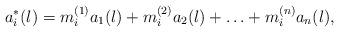
LaTeX: \begin{align*}a_{i}^{*}(l)=m_{i}^{(1)}a_{1}(l)+m_{i}^{(2)}a_{2}(l)+\ldots+m_{i}^{(n)}a_{n}(l),\end{align*}